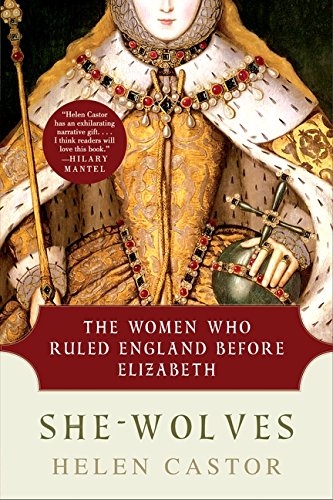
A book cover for She-Wolves: The Women Who Ruled England Before Elizabeth; Helen Castor; Biographies & Memoirs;